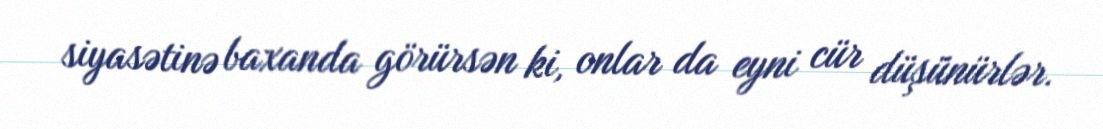
siyasətinə baxanda görürsən ki, onlar da eyni cür düşünürlər.